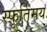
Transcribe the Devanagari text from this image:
स्फूर्तिमय